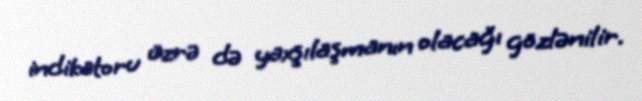
indikatoru üzrə də yaxşılaşmanın olacağı gözlənilir.